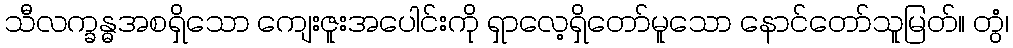
သီလက္ခန္ဓအစရှိသော ကျေးဇူးအပေါင်းကို ရှာလေ့ရှိတော်မူသော နောင်တော်သူမြတ်။ တွံ၊